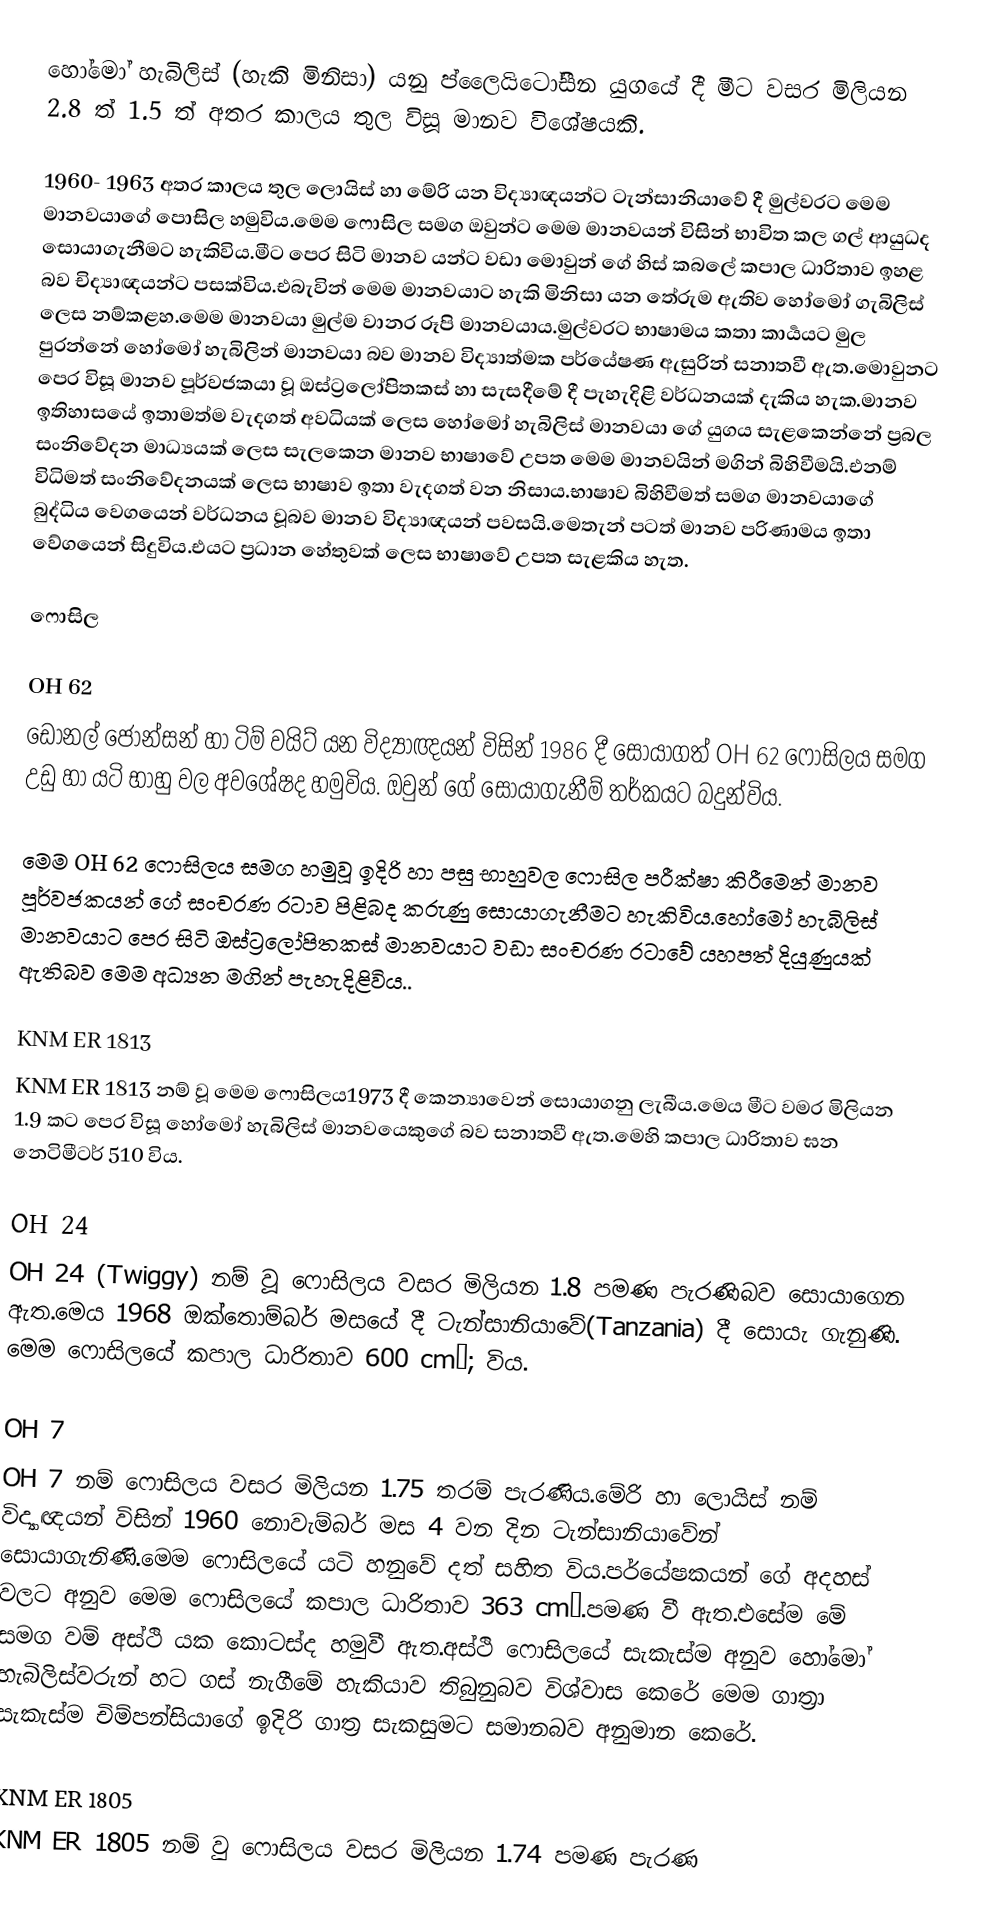
හෝමෝ හැබිලිස් (හැකි මිනිසා) යනු ප්ලෛයිටෝසීන යුගයේ දී මීට වසර මිලියන 2.8 ත් 1.5 ත් අතර කාලය තුල විසූ මානව විශේෂයකි.

1960- 1963 අතර කාලය තුල ලොයිස් හා මේරි යන විද්‍යාඥයන්ට ටැන්සානියාවේ දී මුල්වරට මෙම මානවයාගේ පොසිල හමුවිය.මෙම ෆොසිල සමග ඔවුන්ට මෙම මානවයන් විසින් භාවිත කල ගල් ආයුධද සොයාගැනීමට හැකිවිය.මීට පෙර සිටි මානව යන්ට වඩා මොවුන් ගේ හිස් කබලේ කපාල ධාරිතාව ඉහළ බව චිද්‍යාඥයන්ට පසක්විය.එබැවින් මෙම මානවයාට හැකි මිනිසා යන තේරුම ඇතිව හෝමෝ ගැබිලිස් ලෙස නම්කළහ.මෙම මානවයා මුල්ම වානර රූපි මානවයාය.මුල්වරට භාෂාමය කතා කාර්‍යයට මුල පුරන්නේ හෝමෝ හැබිලින් මානවයා බව මානව විද්‍යාත්මක පර්යේෂණ ඇසුරින් සනාතවී ඇත.මොවුනට පෙර විසූ මානව පූර්වජකයා වූ ඔස්ට්‍රලෝපිතකස් හා සැසදීමේ දී පැහැදිළි වර්ධනයක් දැකිය හැක.මානව ඉතිහාසයේ ඉතාමත්ම වැදගත් අවධියක් ලෙස හෝමෝ හැබිලිස් මානවයා ගේ යුගය සැළකෙන්නේ ප්‍රබල සංනිවේදන මාධ්‍යයක් ලෙස සැලකෙන මානව භාෂාවේ උපත මෙම මානවයින් මගින් බිහිවීමයි.එනම් විධිමත් සංනිවේදනයක් ලෙස භාෂාව ඉතා වැදගත් වන නිසාය.භාෂාව බිහිවීමත් සමග මානවයාගේ බුද්ධිය වෙගයෙන් වර්ධනය වූබව මානව විද්‍යාඥයන් පවසයි.මෙතැන් පටත් මානව පරිණාමය ඉතා වේගයෙන් සිදුවිය.එයට ප්‍රධාන හේතුවක් ලෙස භාෂාවේ උපත සැළකිය හැත.

ෆොසිල

OH 62
ඩොනල් ජොන්සන් හා ටිම් වයිට් යන විද්‍යාඥයන් විසින් 1986 දී සොයාගත් OH 62 ෆොසිලය සමග උඩු හා යටි භාහු වල අවශේෂද හමුවිය. ඔවුන් ගේ සොයාගැනීම් තර්කයට බදුන්විය.

මෙම OH 62  ෆොසිලය සමග හමුවූ ඉදිරි හා පසු භාහුවල  ෆොසිල පරීක්ෂා කිරීමෙන් මානව පූර්වජකයන් ගේ සංචරණ රටාව පිළිබද කරුණු සොයාගැනීමට හැකිවිය.හෝමෝ හැබිලිස් මානවයාට පෙර සිටි  ඔස්ට්‍රලෝපිතකස් මානවයාට වඩා සංචරණ රටාවේ යහපත් දියුණුයක් ඇතිබව මෙම අධ්‍යන මගින් පැහැදිළිවිය..

KNM ER 1813
KNM ER 1813 නම් වූ මෙම ෆොසිලය1973 දී කෙන්‍යාවෙන් සොයාගනු ලැබීය.මෙය මීට වමර මිලියන 1.9 කට පෙර විසූ හෝමෝ හැබිලිස් මානවයෙකුගේ බව සනාතවී ඇත.මෙහි කපාල ධාරිතාව ඝන නෙටිමීටර් 510 විය.

OH 24
OH 24 (Twiggy) නම් වූ ෆොසිලය වසර මිලියන 1.8 පමණ පැරණිබව සොයාගෙන ඇත.මෙය 1968 ඔක්තොම්බර් මසයේ දී ටැන්සානියාවේ(Tanzania) දී සොයැ ගැනුණි. මෙම ෆොසිලයේ කපාල ධාරිතාව 600 cm³; විය.

OH 7
OH 7 නම් ෆොසිලය වසර මිලියන 1.75 තරම් පැරණිය.මේරි හා ලොයිස් නම් විද්‍යාඥයන් විසින් 1960 නොවැම්බර් මස 4 වන දින ටැන්සානියාවේන් සොයාගැනිණි.මෙම ෆොසිලයේ යටි හනුවේ දත් සහිත විය.පර්යේෂකයන් ගේ අදහස් වලට අනුව මෙම ෆොසිලයේ කපාල ධාරිතාව 363 cm³.පමණ වී ඇත.එසේම මේ සමග වම් අස්ථි යක කොටස්ද හමුවී ඇත.අස්ථි ෆොසිලයේ සැකැස්ම අනුව හෝමෝ හැබිලිස්වරුන් හට ගස් නැගීමේ හැකියාව තිබුනුබව විශ්වාස කෙරේ මෙම ගාත්‍රා සැකැස්ම චිම්පන්සියාගේ ඉදිරි ගාත්‍ර සැකසුමට සමානබව අනුමාන කෙරේ.

KNM ER 1805
KNM ER 1805 නම් වු ෆොසිලය වසර මිලියන 1.74 පමණ පැරණ